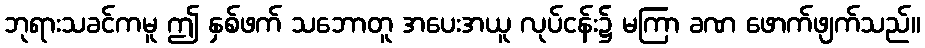
ဘုရားသခင်ကမူ ဤ နှစ်ဖက် သဘောတူ အပေးအယူ လုပ်ငန်း၌ မကြာ ခဏ ဖောက်ဖျက်သည်။